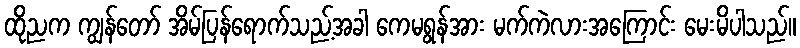
ထိုညက ကျွန်တော် အိမ်ပြန်ရောက်သည့်အခါ ကေမရွန်အား မက်ကဲလားအကြောင်း မေးမိပါသည်။